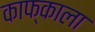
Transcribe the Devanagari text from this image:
काफ्काला